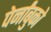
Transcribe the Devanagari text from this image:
पेर्नांबुको